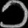
Digit: ၁